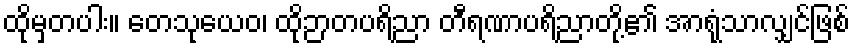
ထိုမှတပါး။ တေသုယေဝ၊ ထိုဉာတပရိညာ တီရဏာပရိညာတို့၏ အာရုံသာလျှင်ဖြစ်